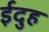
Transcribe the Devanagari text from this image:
ईदुह